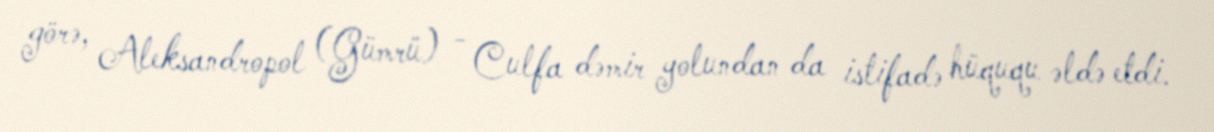
görə, Aleksandropol (Gümrü) - Culfa dəmir yolundan da istifadə hüququ əldə etdi.